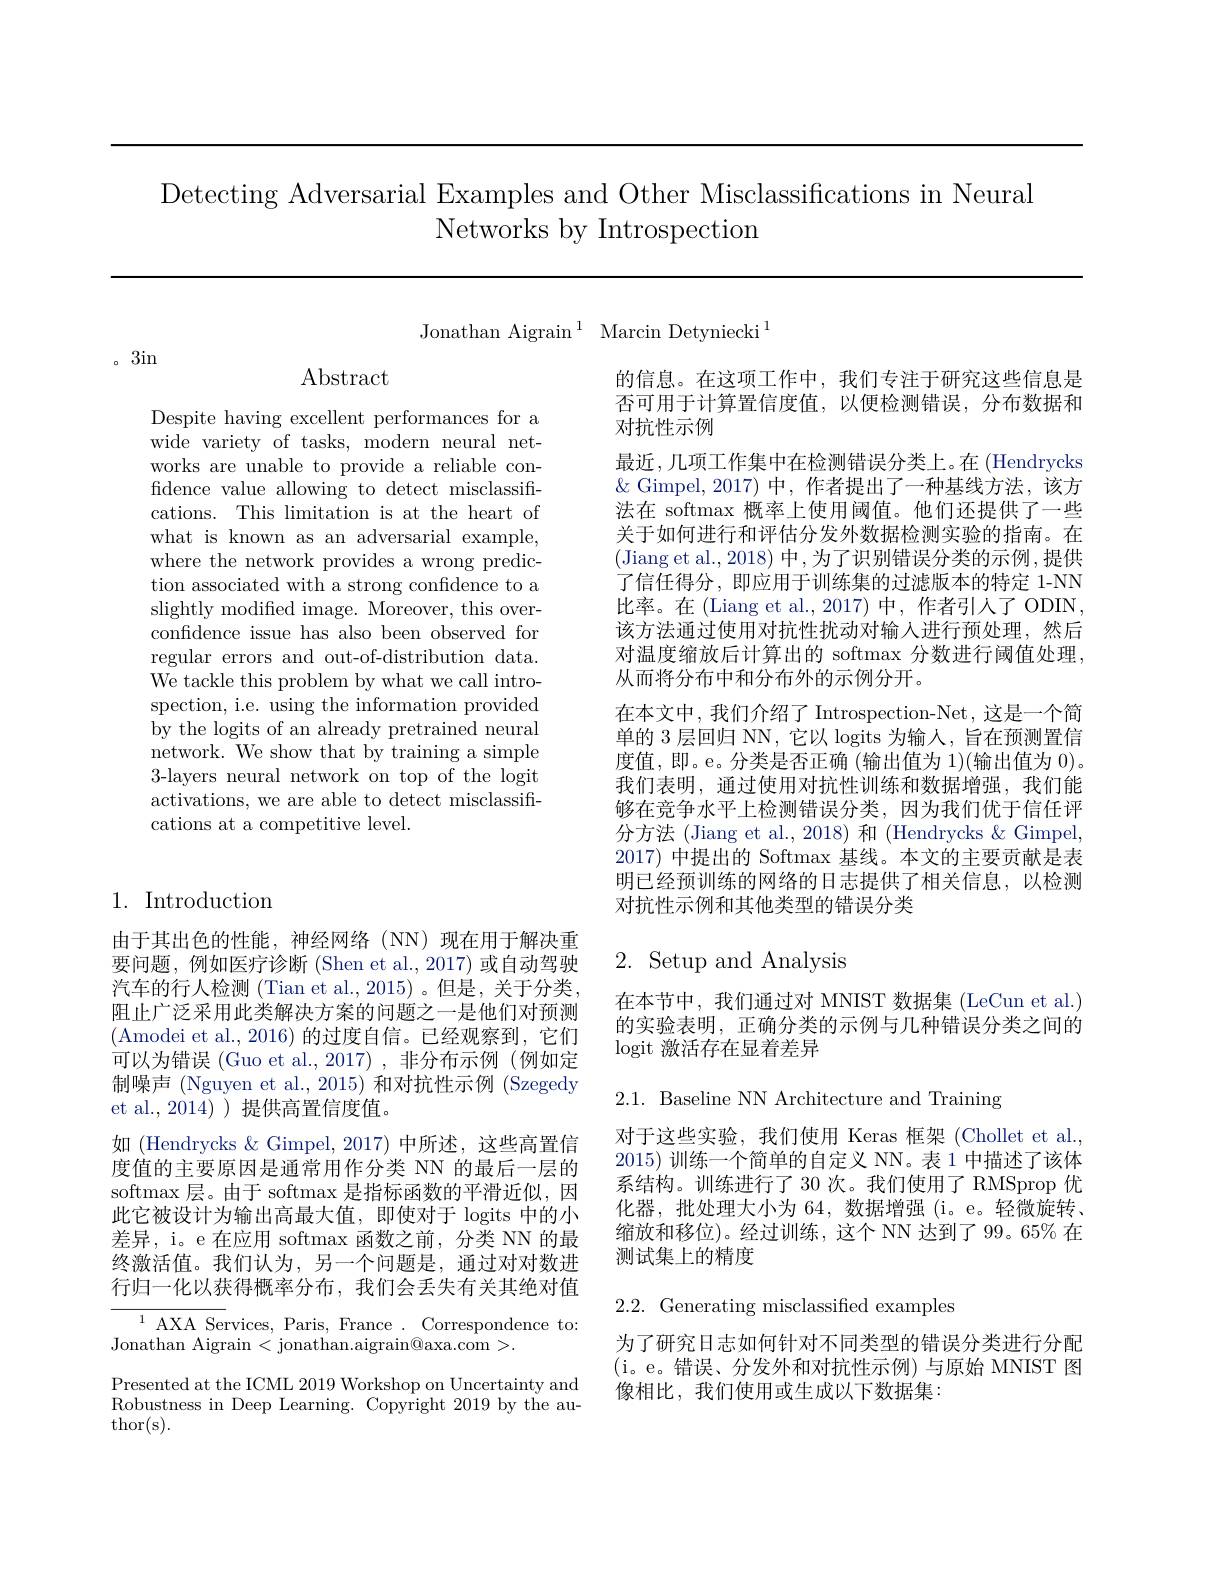
Detecting Adversarial Examples and Other Misclassifications in Neural
Networks by Introspection

Jonathan Aigrain$^1$ Marcin Detyniecki$^1$

。3in

Abstract

Despite having excellent performances for a wide variety of tasks, modern neural networks are unable to provide a reliable confidence value allowing to detect misclassifications. This limitation is at the heart of what is known as an adversarial example, where the network provides a wrong prediction associated with a strong confidence to a slightly modified image. Moreover, this overconfidence issue has also been observed for regular errors and out-of-distribution data. We tackle this problem by what we call introspection, i.e. using the information provided by the logits of an already pretrained neural network. We show that by training a simple 3-layers neural network on top of the logit activations, we are able to detect misclassifications at a competitive level.

1. Introduction

由于其出色的性能，神经网络(NN)现在用于解决重要问题，例如医疗诊断(Shen et al.,2017)或自动驾驶汽车的行人检测 (Tian et al., 2015) 。但是，关于分类。阻止广泛采用此类解决方案的问题之一是他们对预测(Amodei et al., 2016) 的过度自信。已经观察到，它们可以为错误 (Guo et al.,2017) ,非分布示例 (例如定制噪声 (Nguyen et al., 2015) 和对抗性示例 (Szegedy et al.,2014))提供高置信度值。
如 (Hendrycks & Gimpel, 2017) 中所述，这些高置信度值的主要原因是通常用作分类 NN 的最后一层的softmax 层。由于 softmax 是指标函数的平滑近似，因此它被设计为输出高最大值，即使对于 logits 中的小差异，i。e 在应用 softmax 函数之前，分类 NN 的最终激活值。我们认为，另一个问题是，通过对对数进行归一化以获得概率分布，我们会丢失有关其绝对值$^{1}$AXA Services, Paris, France. Correspondence to: Jonathan Aigrain < jonathan.aigrain@axa.com >.
Presented at the ICML 2019 Workshop on Uncertainty and Robustness in Deep Learning. Copyright 2019 by the au- $\operatorname{thor(s).}$

的信息。在这项工作中，我们专注于研究这些信息是否可用于计算置信度值，以便检测错误，分布数据和对抗性示例
最近，几项工作集中在检测错误分类上。在(Hendrycks $\&$ Gimpel,2017)中，作者提出了一种基线方法，该方法在 softmax 概率上使用阈值。他们还提供了一些关于如何进行和评估分发外数据检测实验的指南。在(Jiang et al., 2018) 中，为了识别错误分类的示例 ,提供了信任得分，即应用于训练集的过滤版本的特定 1-NN 比率。在 (Liang et al.,2017) 中，作者引人了 ODIN, 该方法通过使用对抗性扰动对输入进行预处理，然后对温度缩放后计算出的 softmax 分数进行阈值处理， 从而将分布中和分布外的示例分开。
在本文中，我们介绍了 Introspection-Net,这是一个简单的 3 层回归 NN, 它以 logits 为输入，旨在预测置信度值，即。e。分类是否正确 (输出值为 1)(输出值为 0)。我们表明，通过使用对抗性训练和数据增强，我们能够在竞争水平上检测错误分类，因为我们优于信任评分方法 (Jiang et al., 2018) 和 (Hendrycks & Gimpel, 2017)中提出的 Softmax 基线。本文的主要贡献是表明已经预训练的网络的日志提供了相关信息，以检测对抗性示例和其他类型的错误分类

## $2.~$Setup and Analysis

在本节中，我们通过对 MNIST 数据集 (LeCun et al.) 的实验表明，正确分类的示例与几种错误分类之间的logit 激活存在显着差异

2.1. Baseline NN Architecture and Training

对于这些实验，我们使用 Keras 框架(Chollet et al. 2015)训练一个简单的自定义 NN。表 1 中描述了该体系结构。训练进行了 30 次。我们使用了 RMSprop 优化器，批处理大小为 64, 数据增强 (i。e。轻微旋转、 缩放和移位)。经过训练，这个 NN 达到了 99。65% 在测试集上的精度

2.2. Generating misclassified examples

为了研究日志如何针对不同类型的错误分类进行分配(i。e。错误、分发外和对抗性示例)与原始 MNIST 图像相比，我们使用或生成以下数据集：